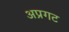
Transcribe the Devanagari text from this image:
अप्रगट